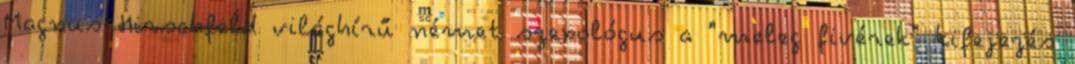
Magnus Hirschfeld világhírű német szexológus a "meleg fivérek" kifejezés